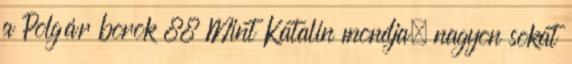
a Polgár borok 88 Mint Katalin mondja, nagyon sokat